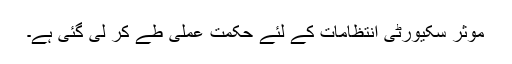
موثر سکیورٹی انتظامات کے لئے حکمت عملی طے کر لی گئی ہے۔